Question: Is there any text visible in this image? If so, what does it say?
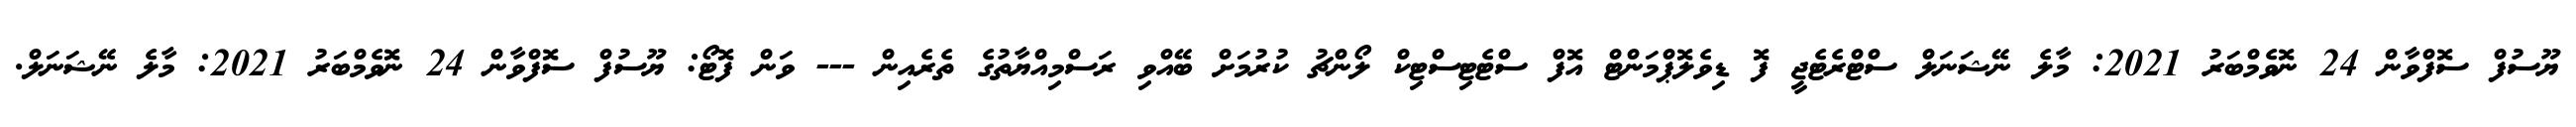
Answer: ޔޫސުފް ސޮފްވާން 24 ނޮވެމްބަރު 2021: މާލެ ނޭޝަނަލް ސްޓްރެޓެޖީ ފޮ ޑިވެލޮޕްމަންޓް އޮފް ސްޓެޓިސްޓިކް ލޯންޗު ކުރުމަށް ބޭއްވި ރަސްމިއްޔާތުގެ ތެރެއިން --- ވަން ފޮޓޯ: ޔޫސުފް ސޮފްވާން 24 ނޮވެމްބަރު 2021: މާލެ ނޭޝަނަލް.